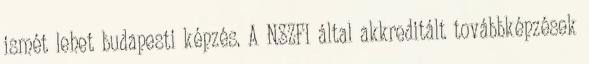
ismét lehet budapesti képzés. A NSZFI által akkreditált továbbképzések